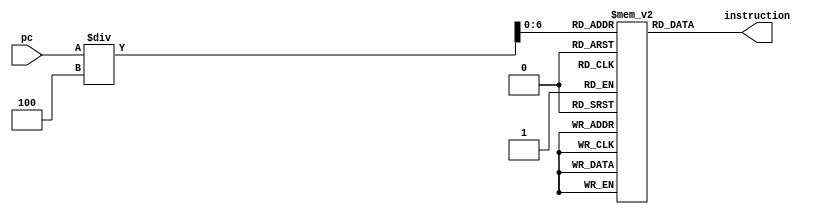
module code_memory(input [31:0] pc, output reg [31:0] instruction);
reg [31:0] instruction_mem [0:99];
initial begin
       instruction_mem[0] <= 32'h00000000;
       instruction_mem[1] <= 32'h01098020;//R type rd(16)=rs(8)(t0)+rt(9)(t1) 
       instruction_mem[2] <= 32'h3510003D;//I type ori $t1,$t0,61
       instruction_mem[3] <= 32'h8E680028;//Load type lw $t0,40($s3)
       instruction_mem[4] <= 32'hAE68003C;//Store type sw $t0,60($s3) 
       instruction_mem[5] <= 32'h1000001C;//J type instruction jump to 112 address location
		 instruction_mem[6] <= 32'h00000000;
		 instruction_mem[28] <= 32'h014C9820; //R type rd(18)=rs(10)+rt(12) 
		 instruction_mem[29] <= 32'h00000000;
    end
always @ (*)
begin 
	instruction = instruction_mem[pc/4];
end
endmodule
//The reason for dividing the program counter (pc) by 4 in your Verilog code is related to the memory addressing scheme used in many computer architectures, including the MIPS architecture that your code seems to be emulating.

//In MIPS, each instruction is stored in memory at an address that is a multiple of 4. This is because MIPS instructions are 32 bits (4 bytes) in length. When an instruction is fetched from memory, the program counter (pc) points to the address of the instruction in memory. However, since instructions are 4 bytes long, the pc value needs to be aligned to a multiple of 4 to ensure that instructions are correctly fetched from memory.